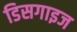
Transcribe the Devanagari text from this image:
डिसगाइज